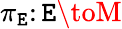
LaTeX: \pi_{\mathtt{E}}\colon\mathtt{E}\toM